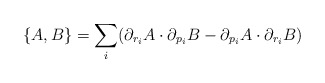
\begin{align*}\{A,B\} = \sum_i (\partial_{r_i} A \cdot \partial_{p_i}B -\partial_{p_i} A \cdot \partial_{r_i}B)\end{align*}